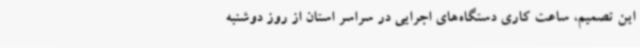
این تصمیم، ساعت کاری دستگاه‌های اجرایی در سراسر استان از روز دوشنبه